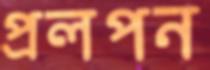
প্রলপন